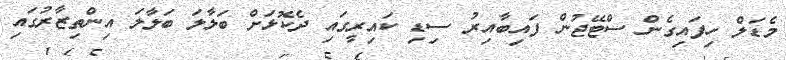
މެޑަލް ހިފައިގެން ސްޓޭޖުން ފައިބާއިރު ސިޑި ކައިރީގައި ދެކޮޅަށް ބަލާލަ ބަލާލަ އިންތިޒާރުގައި